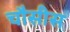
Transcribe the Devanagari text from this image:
चौसीस